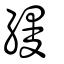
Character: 縵